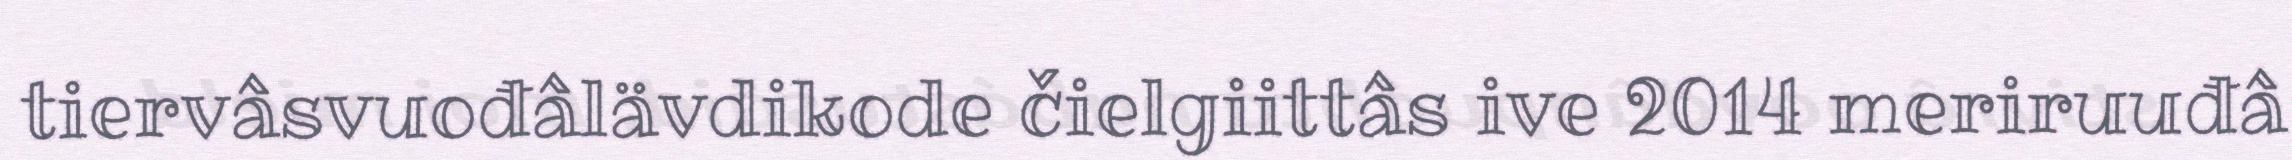
tiervâsvuođâlävdikode čielgiittâs ive 2014 meriruuđâ